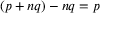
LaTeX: ( p + n q ) - n q = p